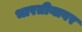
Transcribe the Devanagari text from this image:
भारतीयावर